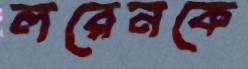
লরেনকে